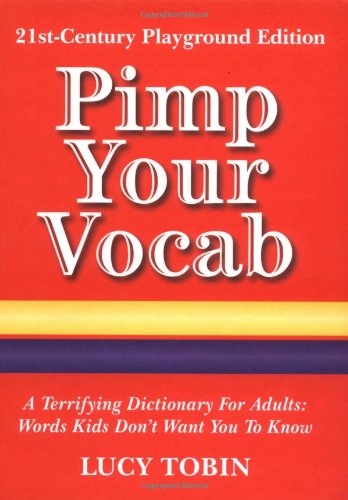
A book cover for Pimp Your Vocab: A Terrifying Dictionary for Adults: Words Kids Don't Want You to Know; Lucy Tobin; Reference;